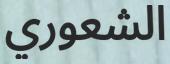
الشعوري